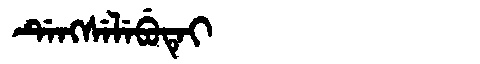
Manchu: ᡩᡝᠩᠰᡝᠯᡝᠪᡠᡨᡝᡳ
Romanization: DENGSELEBUTEI